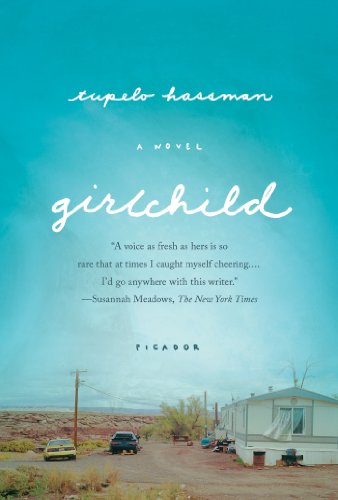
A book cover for Girlchild: A Novel; Tupelo Hassman; Literature & Fiction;